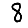
Digit: 8